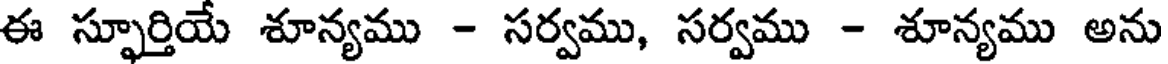
ఈ స్ఫూర్తియే శూన్యము - సర్వము, సర్వము - శూన్యము అను